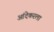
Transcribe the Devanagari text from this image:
आंदेकरला